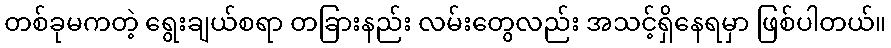
တစ်ခုမကတဲ့ ရွေးချယ်စရာ တခြားနည်း လမ်းတွေလည်း အသင့်ရှိနေရမှာ ဖြစ်ပါတယ်။